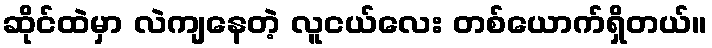
ဆိုင်ထဲမှာ လဲကျနေတဲ့ လူငယ်လေး တစ်ယောက်ရှိတယ်။